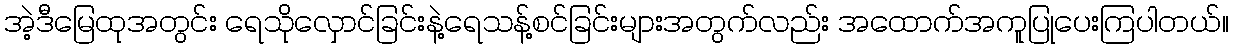
အဲ့ဒီမြေထုအတွင်း ရေသိုလှောင်ခြင်းနဲ့ရေသန့်စင်ခြင်းများအတွက်လည်း အထောက်အကူပြုပေးကြပါတယ်။